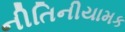
નીતિનીયામક